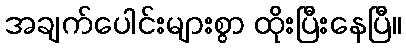
အချက်ပေါင်းများစွာ ထိုးပြီးနေပြီ။